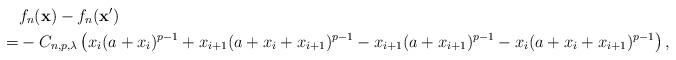
\begin{align*} &f_n({\bf x})-f_n({\bf x}') \\ =&-C_{n,p, \lambda}\left ( x_i(a+x_i)^{p-1}+x_{i+1}(a+x_i+x_{i+1})^{p-1}-x_{i+1}(a+x_{i+1})^{p-1}-x_{i}(a+x_i+x_{i+1})^{p-1} \right ),\end{align*}